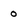
Character: 0